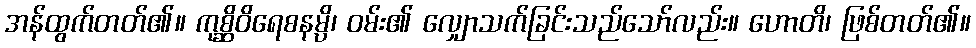
အန်ထွက်တတ်၏။ ကုစ္ဆိဝိရေစနမ္ပိ၊ ဝမ်း၏ လျှောသက်ခြင်းသည်သော်လည်း။ ဟောတိ၊ ဖြစ်တတ်၏။